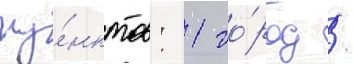
пу́нктов: 1 го́род /